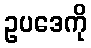
ဥပဒေကို